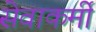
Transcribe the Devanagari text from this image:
सेवाकर्मी